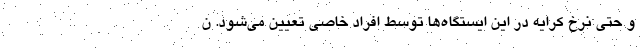
و حتی نرخ کرایه در این ایستگاه‌ها توسط افراد خاصی تعیین می‌شود. ن